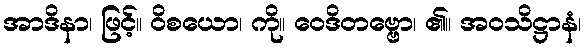
အာဒိနာ၊ ဖြင့်။ ဝိစယော၊ ကို။ ဝေဒိတဗ္ဗော၊ ၏။ အဝသိဋ္ဌာနံ၊